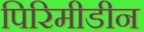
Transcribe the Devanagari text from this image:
पिरिमीडीन